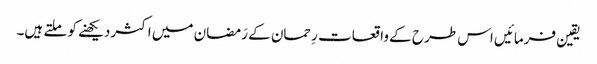
یقین فرمائیں اس طرح کے واقعات رِحمان کے رَمضان میں اکثردیکھنے کو ملتے ہیں۔